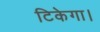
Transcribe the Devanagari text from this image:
टिकेगा।